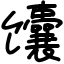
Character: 馕